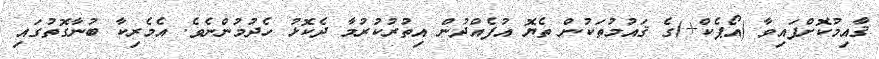
ޤާއިމުކޮށްފައިވާ (އޯޕެކް+)ގެ ޤައުމުތަކުން ތެޔޮ އުފެއްދުން އިތުރުކުރުމާ ދެކޮޅު ހެދުމުންނެވެ. އެމެރިކާ ބުނާގޮތުގައި